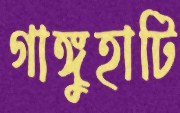
গাঙ্গুহাটি